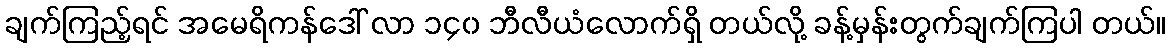
ချက်ကြည့်ရင် အမေရိကန်ဒေါ် လာ ၁၄၀ ဘီလီယံလောက်ရှိ တယ်လို့ ခန့်မှန်းတွက်ချက်ကြပါ တယ်။